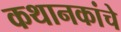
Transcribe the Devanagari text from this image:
कथानकांचे